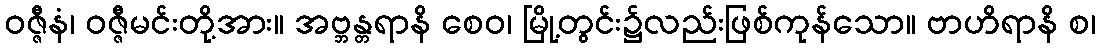
ဝဇ္ဇီနံ၊ ဝဇ္ဇီမင်းတို့အား။ အဗ္ဘန္တရာနိ စေဝ၊ မြို့တွင်း၌လည်းဖြစ်ကုန်သော။ ဗာဟိရာနိ စ၊